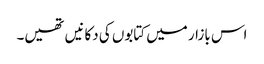
اس بازار میں کتابوں کی دکانیں تھیں۔